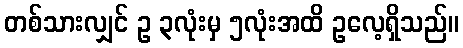
တစ်သားလျှင် ဥ ၃လုံးမှ ၅လုံးအထိ ဥလေ့ရှိသည်။